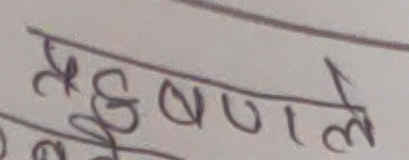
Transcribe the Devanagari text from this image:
र्रूषणले